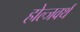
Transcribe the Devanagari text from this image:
होल्जवर्थ